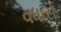
વધારો